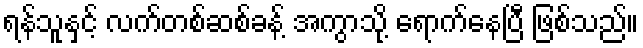
ရန်သူနှင့် လက်တစ်ဆစ်ခန့် အကွာသို့ ရောက်နေပြီ ဖြစ်သည်။